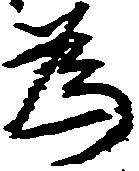
為